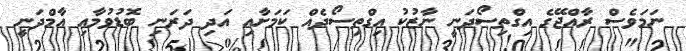
ނަމަވެސް ރާއްޖޭގެ އިގްތިސޯދަނީ ނާޒުކު އިގްތިސޯދެއް ކަމަށާއި އަދި ދަރަނި ބޮޑުވުމާއި އާމްދަނީ